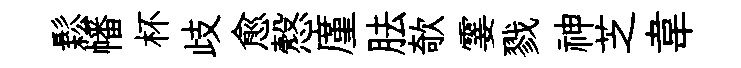
鬆幡杯歧愈慤廑胠欹霎戮神芝韋